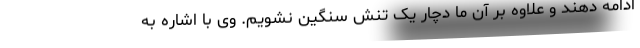
ادامه دهند و علاوه بر آن ما دچار یک تنش سنگین نشویم. وی با اشاره به